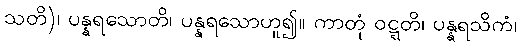
သတိ)၊ ပန္နရသောတိ၊ ပန္နရသောဟူ၍။ ကာတုံ ဝဋ္ဋတိ၊ ပန္နရသိကံ၊